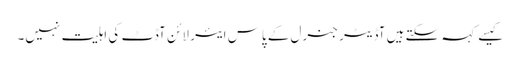
کیسے کہہ سکتے ہیں آڈیٹر جنرل کے پاس ایئر لائن آڈٹ کی اہلیت نہیں۔